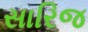
સારિજ